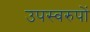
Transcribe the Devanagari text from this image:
उपस्वरुपों